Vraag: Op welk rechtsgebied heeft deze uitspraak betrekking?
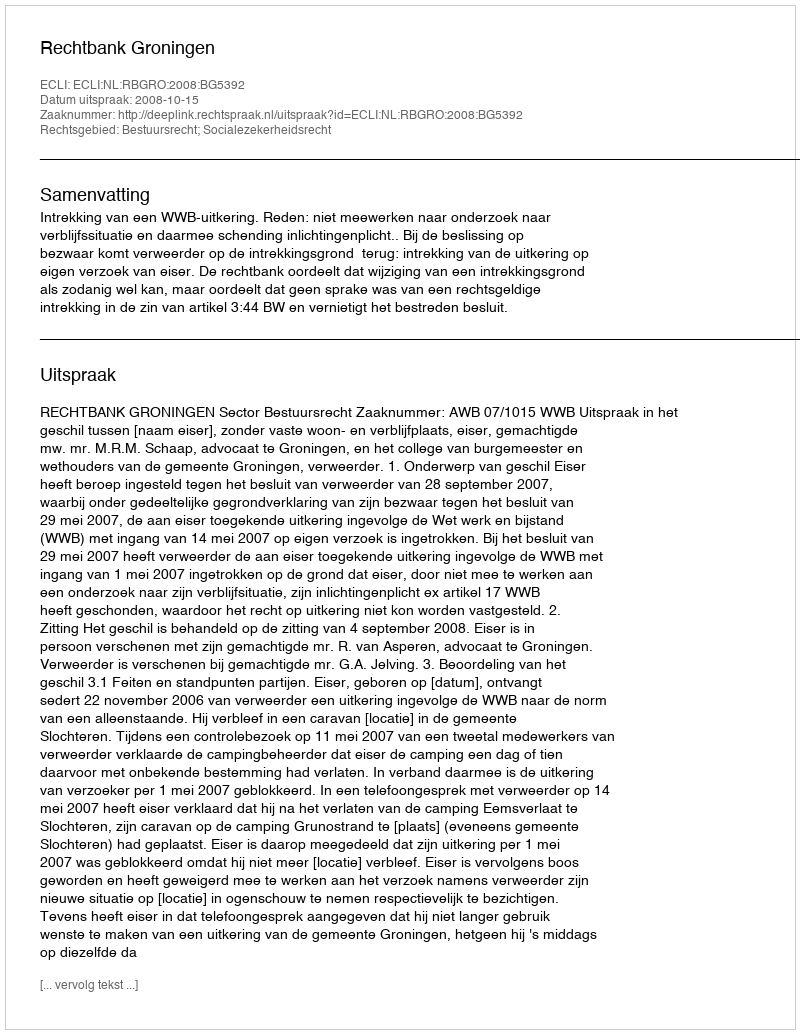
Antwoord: Bestuursrecht; Socialezekerheidsrecht